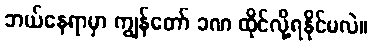
ဘယ်နေရာမှာ ကျွန်တော် ခဏ ထိုင်လို့ရနိုင်မလဲ။